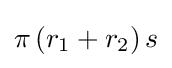
\displaystyle \pi \left(r_{1}+r_{2}\right)s